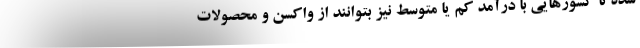
شده تا کشورهایی با درآمد کم یا متوسط نیز بتوانند از واکسن و محصولات